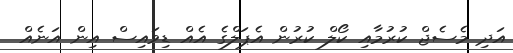
އަދި މެސެޖް ކުރުމާއި ކޯލް ކުރުން އެޕަލްގެ އެއް ޑިވައިސް އިން އަނެއް